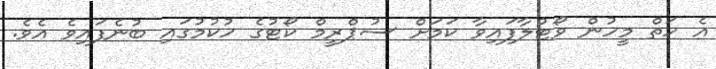
އެ ހަތް މީހުން ވޯޓުލާފައިވާ ކަމަށް ސުޕްރީމް ކޯޓުގެ ހުކުމުގައި ބުނެފައިވެ އެވެ.